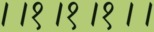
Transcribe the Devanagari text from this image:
।।१।१।१।।